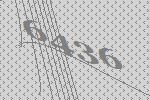
6436